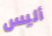
أليس